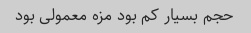
حجم بسیار کم بود مزه معمولی بود